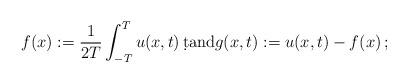
LaTeX: \begin{align*}f(x) := \frac{1}{2T} \int_{-T}^T u(x,t) \, \d t {\mathrm{and}} g(x,t) := u(x,t) - f(x) \, ; \end{align*}